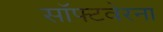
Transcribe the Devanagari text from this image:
सॉफ्टवेरना